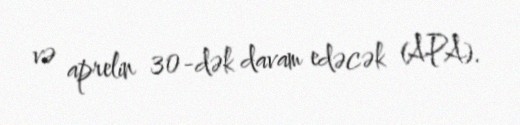
və aprelin 30-dək davam edəcək (APA).